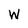
Character: W